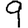
Digit: 9